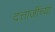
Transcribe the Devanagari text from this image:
दत्ताजींच्या